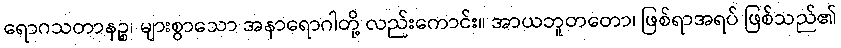
ရောဂသတာနဉ္စ၊ များစွာသော အနာရောဂါတို့ လည်းကောင်း။ အာယဘူတတော၊ ဖြစ်ရာအရပ် ဖြစ်သည်၏